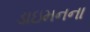
ડાઇમનના